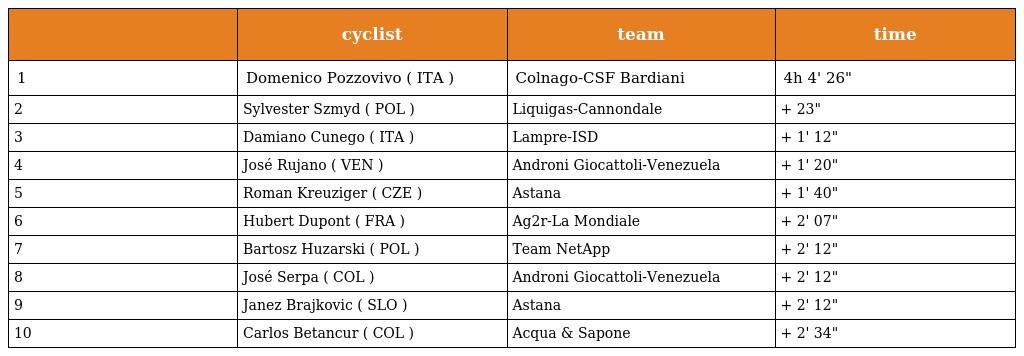
|  | cyclist | team | time |
 | --- | --- | --- | --- |
 | 1 | Domenico Pozzovivo ( ITA ) | Colnago-CSF Bardiani | 4h 4' 26" |
 | 2 | Sylvester Szmyd ( POL ) | Liquigas-Cannondale | + 23" |
 | 3 | Damiano Cunego ( ITA ) | Lampre-ISD | + 1' 12" |
 | 4 | José Rujano ( VEN ) | Androni Giocattoli-Venezuela | + 1' 20" |
 | 5 | Roman Kreuziger ( CZE ) | Astana | + 1' 40" |
 | 6 | Hubert Dupont ( FRA ) | Ag2r-La Mondiale | + 2' 07" |
 | 7 | Bartosz Huzarski ( POL ) | Team NetApp | + 2' 12" |
 | 8 | José Serpa ( COL ) | Androni Giocattoli-Venezuela | + 2' 12" |
 | 9 | Janez Brajkovic ( SLO ) | Astana | + 2' 12" |
 | 10 | Carlos Betancur ( COL ) | Acqua & Sapone | + 2' 34" |